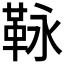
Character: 𩊍